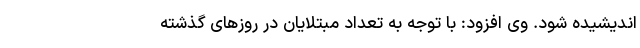
اندیشیده شود. وی افزود: با توجه به تعداد مبتلایان در روزهای گذشته